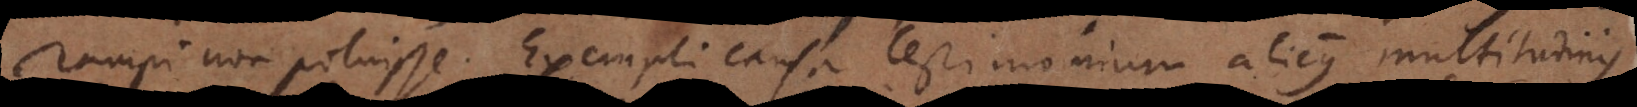
rumpi non potuisse. Exempli causa testimonium alicujus multitudini